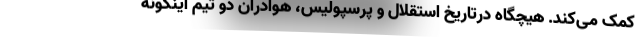
کمک می‌کند. هیچگاه درتاریخ استقلال و پرسپولیس، هوادران دو تیم اینگونه